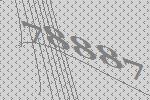
78887